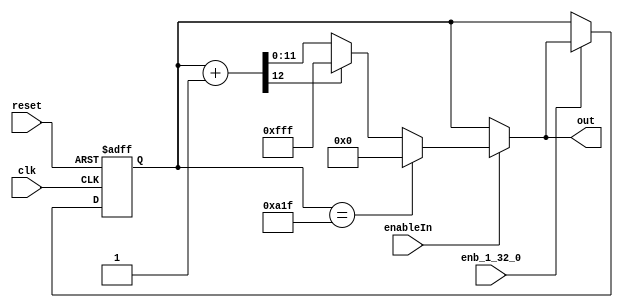
// -------------------------------------------------------------
// 
// 
// Generated by MATLAB 9.13 and HDL Coder 4.0
// 
// -------------------------------------------------------------


// -------------------------------------------------------------
// 
// Module: whdlOFDMTx_Counter_for_Read_Address
// Source Path: whdlOFDMTx/Frame Formation and OFDM Modulation/Generate OFDM Modulator Valid/Counter for Read Address
// Hierarchy Level: 4
// 
// -------------------------------------------------------------

`timescale 1 ns / 1 ns

module whdlOFDMTx_Counter_for_Read_Address
          (clk,
           reset,
           enb_1_32_0,
           enableIn,
           out);


  input   clk;
  input   reset;
  input   enb_1_32_0;
  input   enableIn;
  output  [11:0] out;  // ufix12


  reg [11:0] out_1;  // ufix12
  reg [11:0] tempOut;  // ufix12
  reg [11:0] tempOut_next;  // ufix12
  reg [11:0] tempOut_temp;  // ufix12
  reg [12:0] add_temp;  // ufix13
  reg [12:0] t_0;  // ufix13


  always @(posedge clk or posedge reset)
    begin : Counter_for_Read_Address_process
      if (reset == 1'b1) begin
        tempOut <= 12'b000000000000;
      end
      else begin
        if (enb_1_32_0) begin
          tempOut <= tempOut_next;
        end
      end
    end

  always @(enableIn, tempOut) begin
    add_temp = 13'b0000000000000;
    t_0 = 13'b0000000000000;
    tempOut_temp = tempOut;
    if (enableIn) begin
      if (tempOut == 12'b101000011111) begin
        tempOut_temp = 12'b000000000000;
      end
      else begin
        t_0 = {1'b0, tempOut};
        add_temp = t_0 + 13'b0000000000001;
        if (add_temp[12] != 1'b0) begin
          tempOut_temp = 12'b111111111111;
        end
        else begin
          tempOut_temp = add_temp[11:0];
        end
      end
    end
    out_1 = tempOut_temp;
    tempOut_next = tempOut_temp;
  end



  assign out = out_1;

endmodule  // whdlOFDMTx_Counter_for_Read_Address